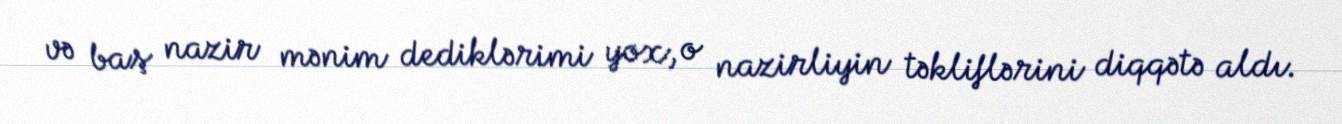
və baş nazir mənim dediklərimi yox, o nazirliyin təkliflərini diqqətə aldı.